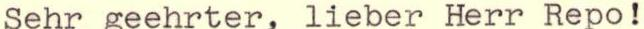
Sehr geehrter, lieber Herr Repo!